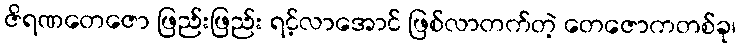
ဇိရဏတေဇော ဖြည်းဖြည်း ရင့်လာအောင် ဖြစ်လာတက်တဲ့ တေဇောကတစ်ခု၊